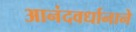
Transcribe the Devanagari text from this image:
आनंदवर्धानाने